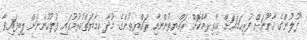
"ފުލުންގެ ޤާނޫނަށް ފުރިހަމައަށް އިހްތިރާމްކޮށް ރައްޔިތުންނާއި ރައްޔިތުންގެ މުދާ ހިމާޔަތްކުރުމުގައި ފުލުހުންނަށް ލިބިފައިވާ